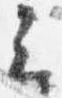
云